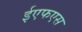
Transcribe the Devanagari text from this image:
ईएफएस